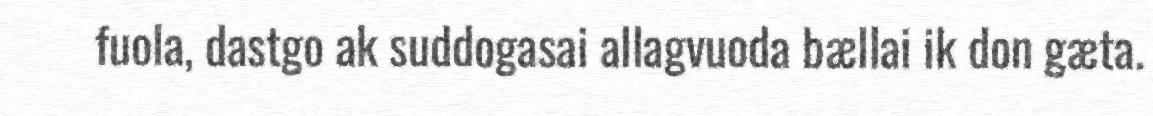
fuola, dastgo ak suddogasai allagvuoda bællai ik don gæta.